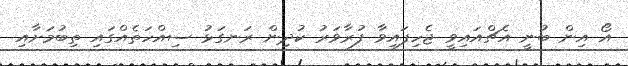
އޯ އިން ބުނީ އެޗްއައިވީ ޖެހިފައިވާ ފުރާވަރު ކުދިން ރަނގަޅު ސިއްހަތެއްގައި ތިބުމަށާއި